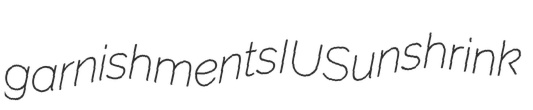
garnishments IUS unshrink